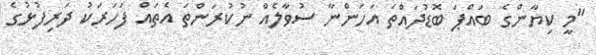
"މީ ކިޔާންގެ ބައްޕަ ބޮޑުދައްތަ އަހަންނާ ސުވާލެއް ނުކުރަންތަ އެތައް ފަހަރަކު ދަރިފުޅުގެ